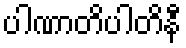
ပါဏာတိပါတိနီ